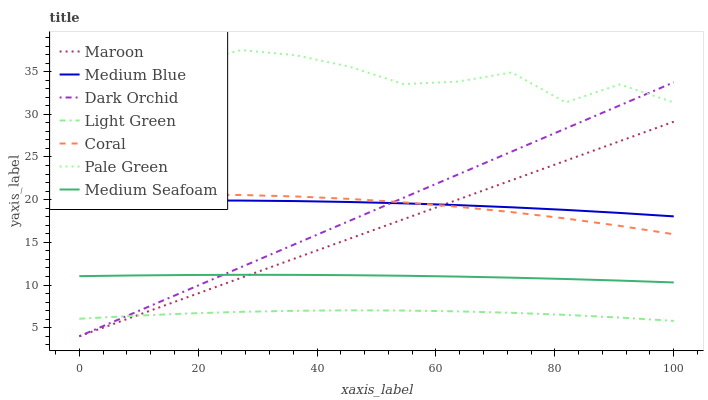
| xaxis_label | Maroon | Medium Blue | Dark Orchid | Light Green | Coral | Pale Green | Medium Seafoam |
 | --- | --- | --- | --- | --- | --- | --- | --- |
 | 0 | 4 | 19.8 | 4 | 6.05 | 20.4 | 38 | 11 |
 | 9.09 | 6.28 | 19.9 | 6.7 | 6.39 | 20.5 | 36.6 | 11.1 |
 | 18.2 | 8.57 | 19.9 | 9.41 | 6.66 | 20.6 | 36 | 11.2 |
 | 27.3 | 10.9 | 19.9 | 12.1 | 6.86 | 20.5 | 37.5 | 11.2 |
 | 36.4 | 13.1 | 19.8 | 14.8 | 6.98 | 20.4 | 36.9 | 11.2 |
 | 45.5 | 15.4 | 19.7 | 17.5 | 7.03 | 20.1 | 35.6 | 11.2 |
 | 54.5 | 17.7 | 19.6 | 20.2 | 7.01 | 19.7 | 33.5 | 11.1 |
 | 63.6 | 20 | 19.4 | 22.9 | 6.92 | 19.2 | 33.8 | 11 |
 | 72.7 | 22.3 | 19.1 | 25.6 | 6.75 | 18.5 | 34.9 | 10.9 |
 | 81.8 | 24.6 | 18.8 | 28.3 | 6.5 | 17.8 | 31.4 | 10.7 |
 | 90.9 | 26.8 | 18.4 | 31 | 6.19 | 16.9 | 33.5 | 10.5 |
 | 100 | 29.1 | 18 | 33.7 | 5.8 | 16 | 31.4 | 10.3 |